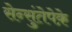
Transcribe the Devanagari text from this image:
सेन्सुंतेपेक़े